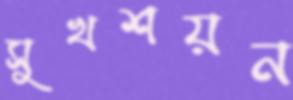
সুখশয়ন